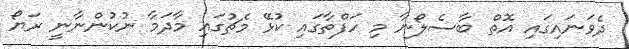
ދެވަނައިގައި އޮތް ބާސެލޯނާ މި ހަފްތާގައި ކުޅޭ މެޗުގައި މާދަމާ ނުކުންނާނީ ރަޔޯ